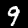
Label: 9